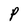
Character: P